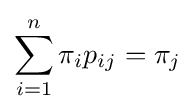
\sum _{i=1}^{n}\pi _{i}p_{ij}=\pi _{j}